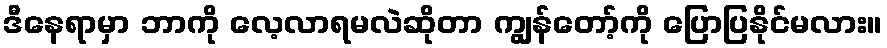
ဒီနေရာမှာ ဘာကို လေ့လာရမလဲဆိုတာ ကျွန်တော့်ကို ပြောပြနိုင်မလား။